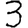
Digit: 3